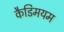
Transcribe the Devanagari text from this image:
कैडिमयम